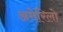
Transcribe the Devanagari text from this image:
अमेरिलो